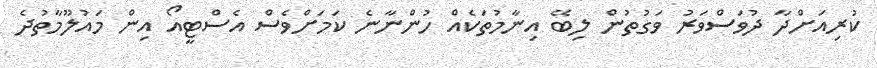
ކުރިއަށްދާ ދުވަސްވަރު ވަގުތުން ލިބޭ އިނާމުތަކެއް ހުންނާނެ ކަމަށްވެސް އެސްޓީއޯ އިން މައުލޫމާތުދެ